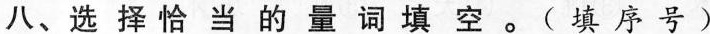
八、选 择 恰 当 的 量 词 填 空。( 填 序号 )